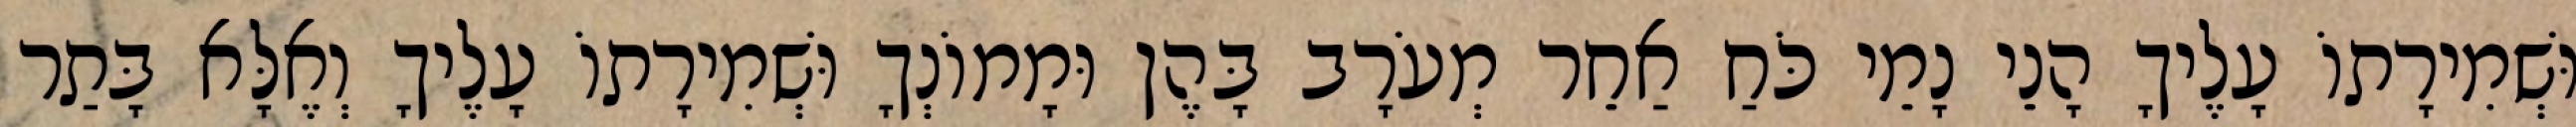
וּשְׁמִירָתוֹ עָלֶיךָ הָנֵי נָמֵי כֹּחַ אַחֵר מְעֹרָב בָּהֶן וּמָמוֹנְךָ וּשְׁמִירָתוֹ עָלֶיךָ וְאֶלָּא בָּתַר